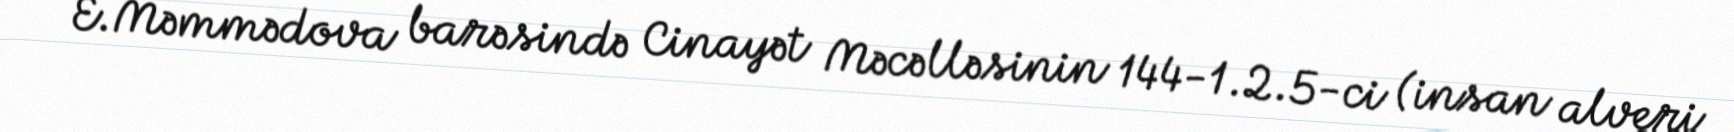
E.Məmmədova barəsində Cinayət Məcəlləsinin 144-1.2.5-ci (insan alveri